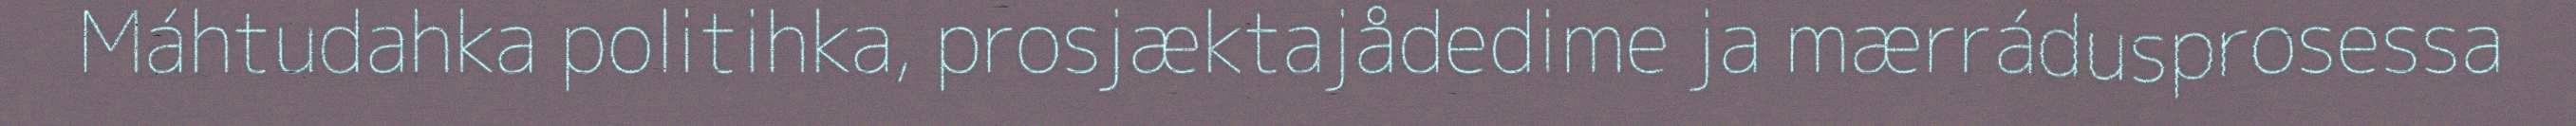
Máhtudahka politihka, prosjæktajådedime ja mærrádusprosessa